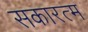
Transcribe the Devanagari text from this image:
सकारत्म